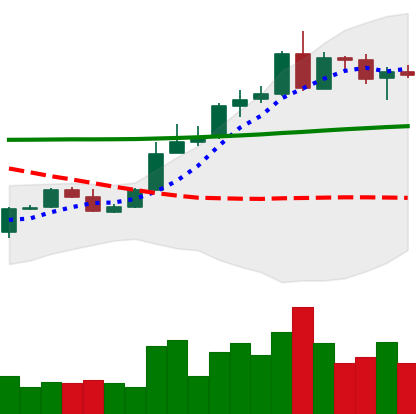
Ticker: ADA-USD
Chart end date: 2020-05-05
Forward return: -3.406%
Label: down_3_5